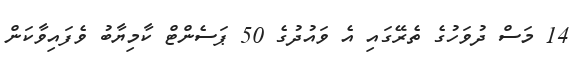
14 މަސްް ދުވަހުގެ ތެރޭގައި އެ ވައުދުގެ 50 ޕަސެންޓް ކާމިޔާބު ވެފައިވާކަން